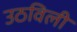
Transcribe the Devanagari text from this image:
उठविली